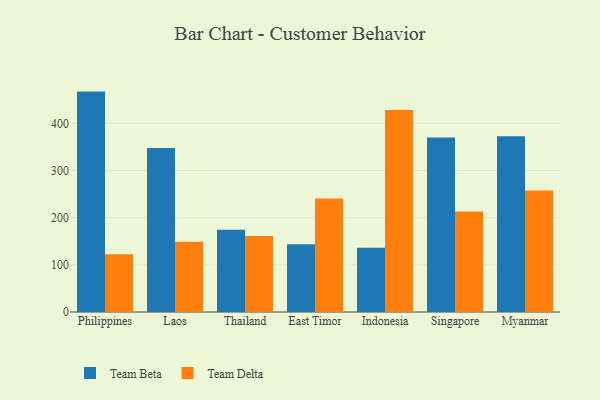
{"axis": {"x": "Country", "y": "Shipments"}, "legend": ["Team Beta", "Team Delta"], "data": [{"x": "Philippines", "y": 467.2, "type": "Team Beta"}, {"x": "Philippines", "y": 122.3, "type": "Team Delta"}, {"x": "Laos", "y": 347.7, "type": "Team Beta"}, {"x": "Laos", "y": 148.9, "type": "Team Delta"}, {"x": "Thailand", "y": 174.6, "type": "Team Beta"}, {"x": "Thailand", "y": 160.9, "type": "Team Delta"}, {"x": "East Timor", "y": 143.8, "type": "Team Beta"}, {"x": "East Timor", "y": 240.8, "type": "Team Delta"}, {"x": "Indonesia", "y": 136.3, "type": "Team Beta"}, {"x": "Indonesia", "y": 428.0, "type": "Team Delta"}, {"x": "Singapore", "y": 369.8, "type": "Team Beta"}, {"x": "Singapore", "y": 212.9, "type": "Team Delta"}, {"x": "Myanmar", "y": 372.5, "type": "Team Beta"}, {"x": "Myanmar", "y": 257.4, "type": "Team Delta"}]}